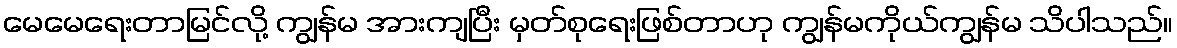
မေမေရေးတာမြင်လို့ ကျွန်မ အားကျပြီး မှတ်စုရေးဖြစ်တာဟု ကျွန်မကိုယ်ကျွန်မ သိပါသည်။